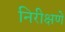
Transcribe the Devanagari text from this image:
निरीक्षणें